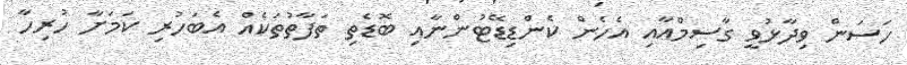
ހަސަން ވިދާޅުވީ ގާސިމްއާއި އެހެން ކެންޑިޑޭޓުންނާއި ބޮޑެތި ތަފާތުތަކެއް އެބަހުރި ކަމަށާ ހުރިހާ